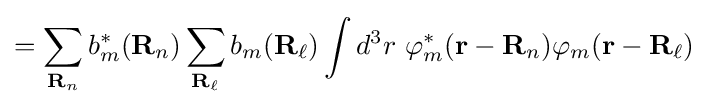
=\sum _{\mathbf {R} _{n}}b_{m}^{*}(\mathbf {R} _{n})\sum _{\mathbf {R_{\ell }} }b_{m}(\mathbf {R_{\ell }} )\int d^{3}r\ \varphi _{m}^{*}(\mathbf {r} -\mathbf {R} _{n})\varphi _{m}(\mathbf {r} -\mathbf {R} _{\ell })